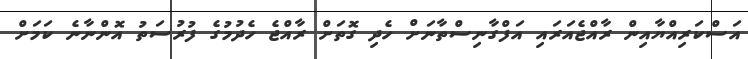
އަސްކަރިއްޔާއިން ރާއްޖެއަރައި އަފްގާނިސްތާނަށް ހެދި ގޮތަށް ރާއްޖެ ހެދުމުގެ ފުރުސަތު އޮންނާނެ ކަމަށް